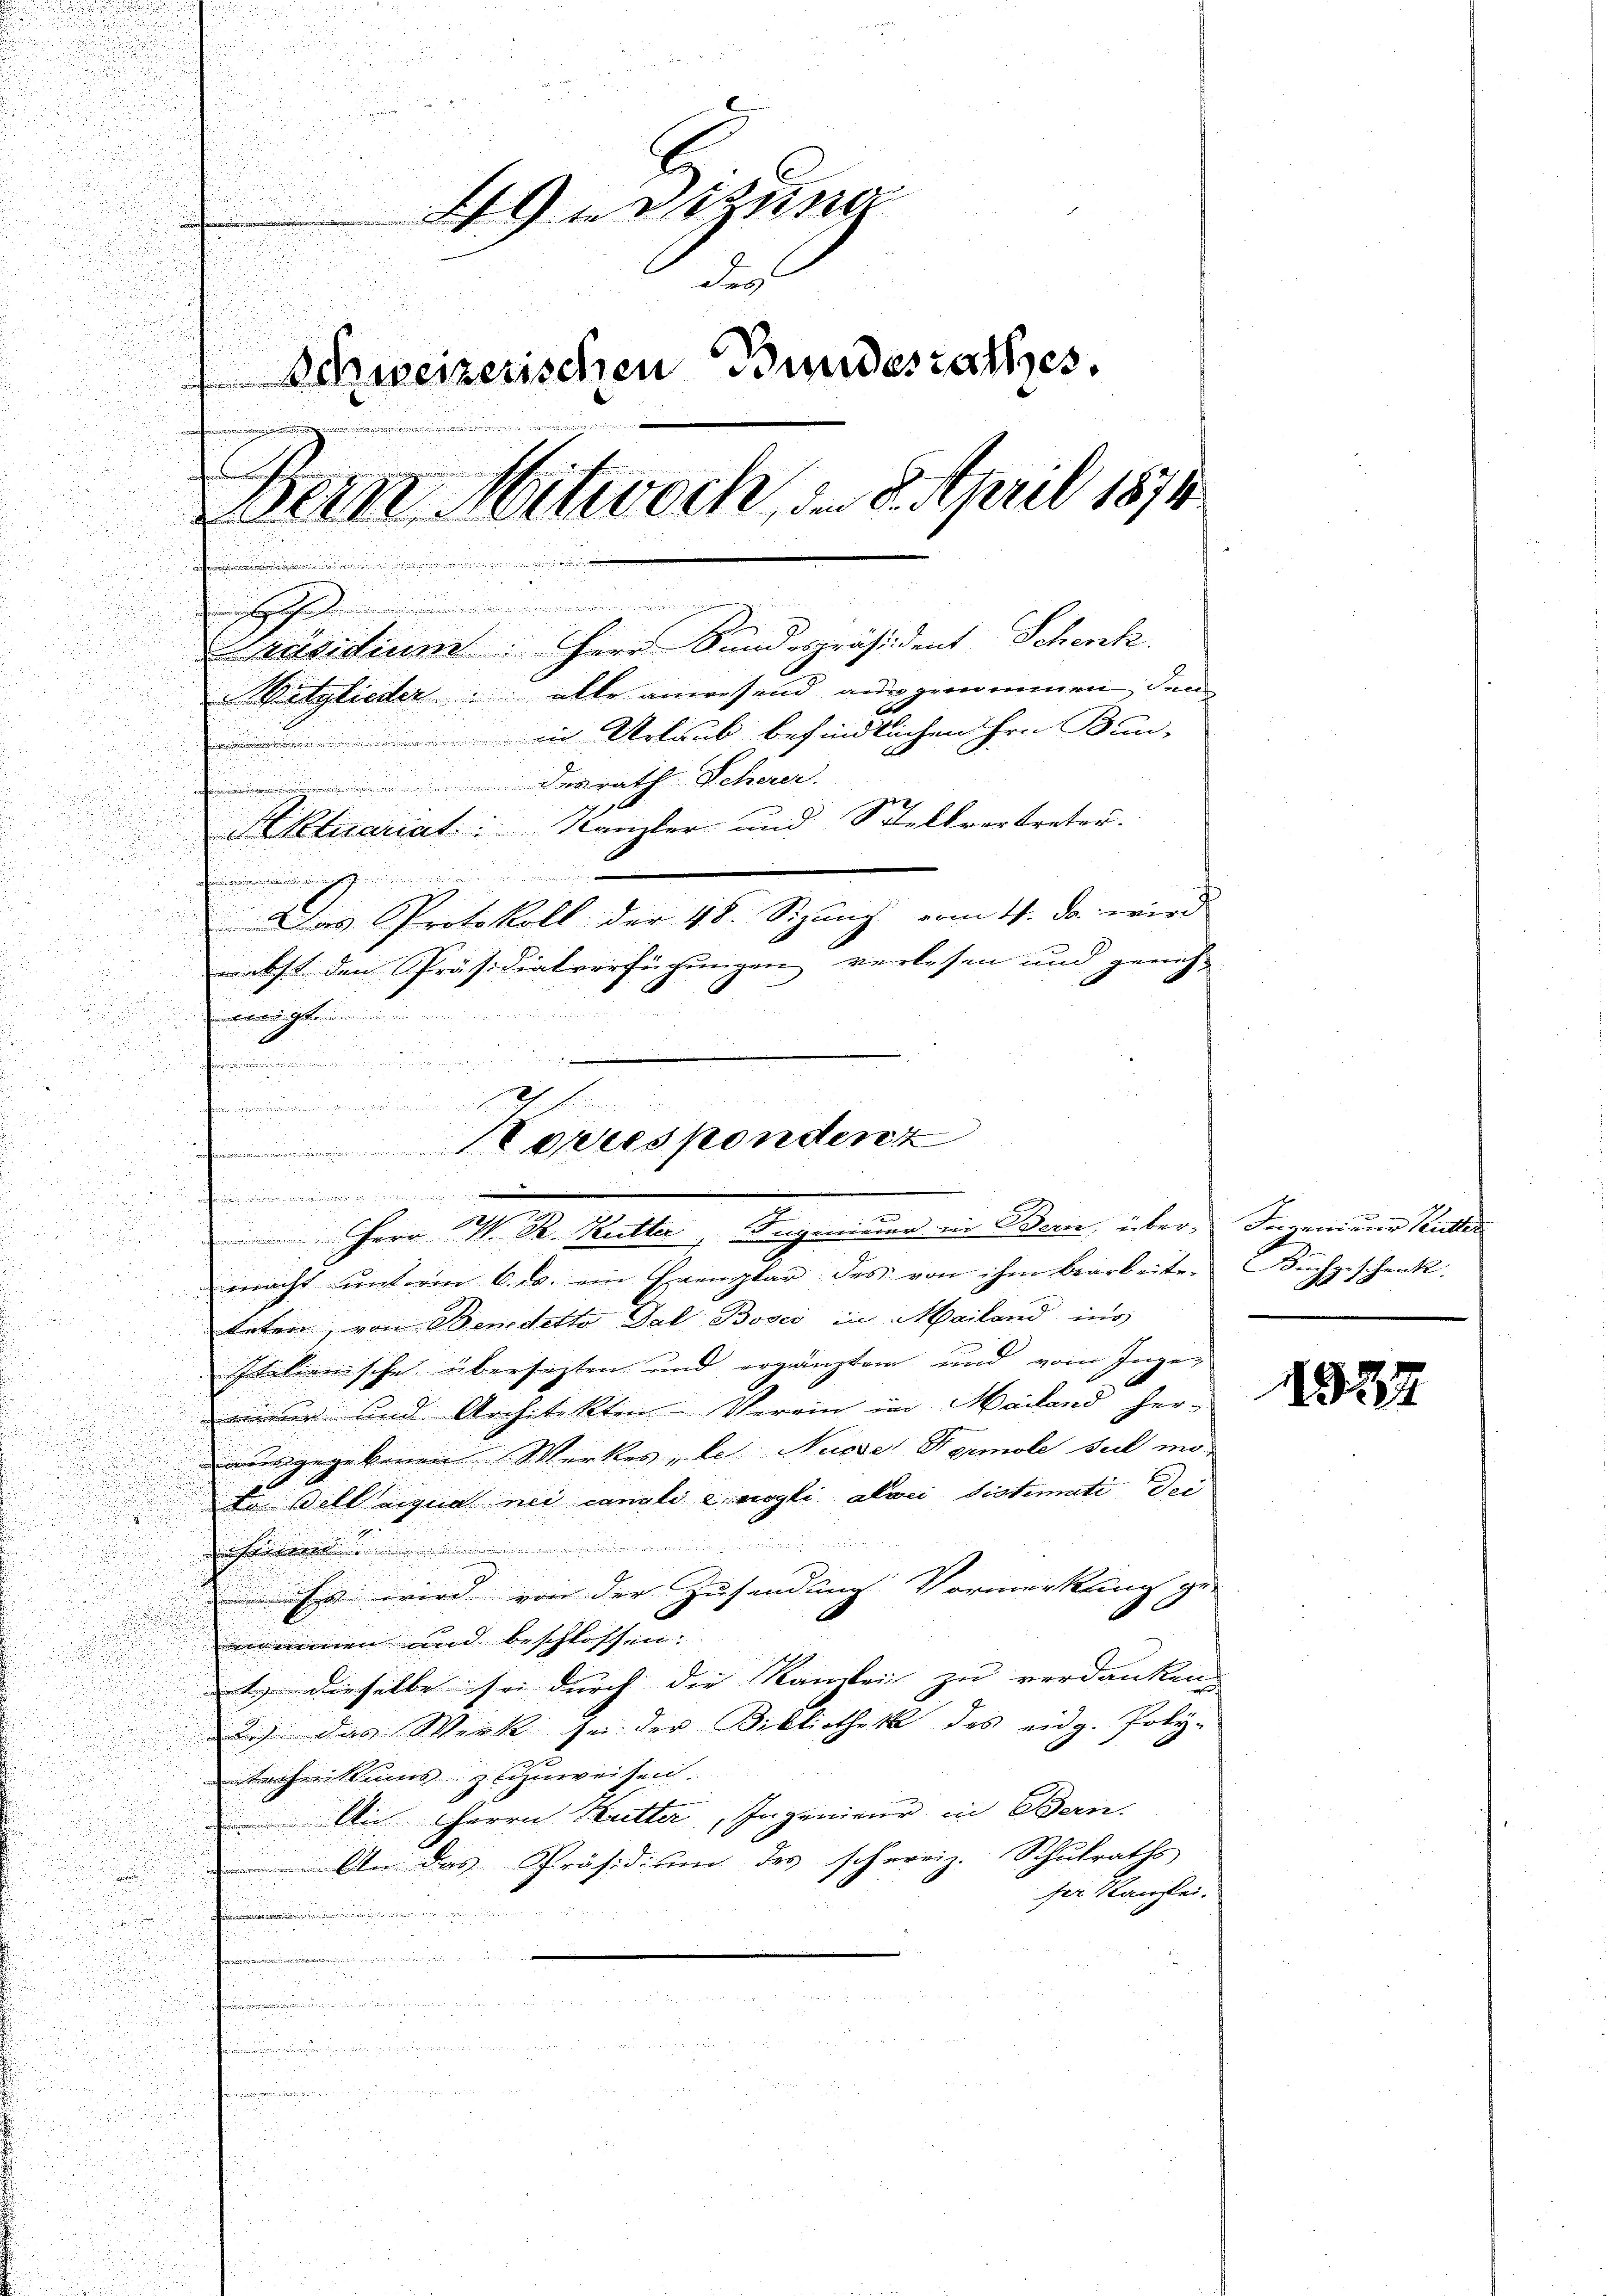
Sitzung
Sey
Schweizerischen Bundesrathes.
i
Bern Mittwock, den 8. April 1874
u
.

u
.
Präsidium. Herr Sundespräsident Schenk
Vitglieder alle anwesend ausgenommen, den
in Urlaub befindlichen Hrn. Bun-
.
Berath Scherer.

Aktuariat Kamler und Stellvertreten.
u
e
r

a
.
Das Protokoll der 48. Sizung vom 11. da wird

nebst den Präsidialverfügungen verlesen und geneh¬

neigt

u
u
.
u
in
u

u
.

macht unterm 6. ds. ein Exemplar des von ihm bearbeiten Buchgeschenk.

tatern, von Benedetto dal Bosci in Mailand ins
Itilienische übersetzten und ergänztem und vom Ingeiner und Architekten Verein im Mailand her-
ausgegebenen Werkes, le Nüsse Formole seil mode Wellniqua nei cangli e mögli alwei Sistimati Dei

Es wird von der Zusendung Vormerkung ge-
nnommen und beschlossen:
1) dieselbe sei durch die Kambei zu verdanken,
2.) das Werk sei der Bibliothek des eidg. Poly-
technikums zuweisen.
An Herrn Mutter, Ingenieur in Bern.
 An das Präsidium des schweiz. Schulraths
ser Kanzlei.
 einen

 eelige der

  um er nun m

223
u

0

.

n
u

.
n

.
1torrespondenz
u
.
Herr M. Dr. Kutter, Ingenieur in Bern, über, Ingenieur Kutter

12